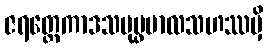
ဇရတ္တေကာဒသပုပ္ဖဗာလသဟဿမှိ